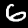
Digit: 6